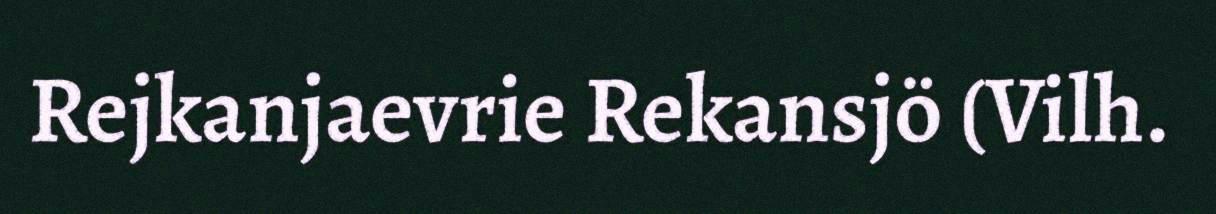
Rejkanjaevrie Rekansjö (Vilh.